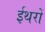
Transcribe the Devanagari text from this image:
ईथरों